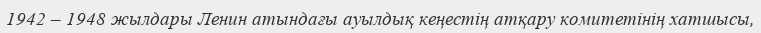
1942 – 1948 жылдары Ленин атындағы ауылдық кеңестің атқару комитетінің хатшысы,